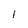
Character: 1